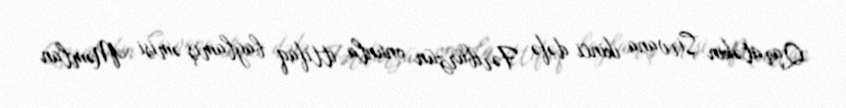
Qaratəkin Şirvana ikinci dəfə Fəribürzün onunla ittifaq bağlamış əmisi Məmlan